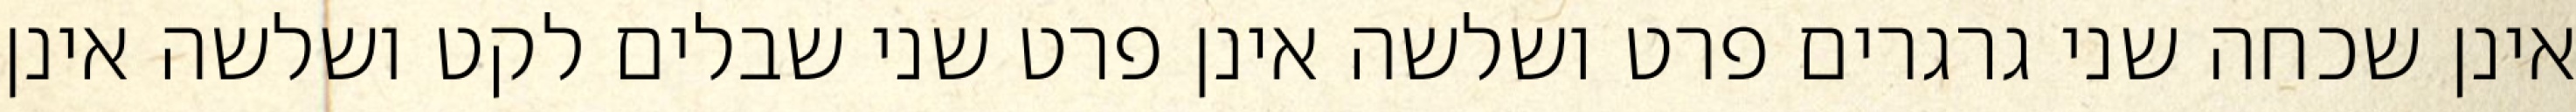
אינן שכחה שני גרגרים פרט ושלשה אינן פרט שני שבלים לקט ושלשה אינן